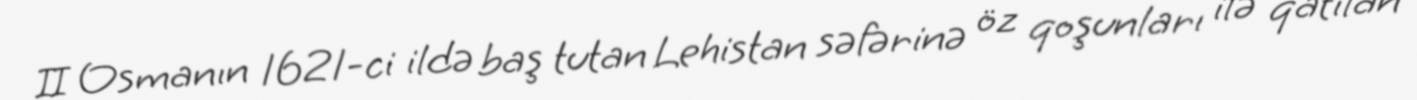
II Osmanın 1621-ci ildə baş tutan Lehistan səfərinə öz qoşunları ilə qatılan